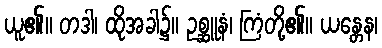
ယူ၏။ တဒါ၊ ထိုအခါ၌။ ဥစ္ဆူနံ၊ ကြံတို့၏။ ယန္တေန၊